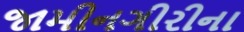
જામીનગીરીના